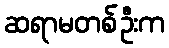
ဆရာမတစ်ဦးက